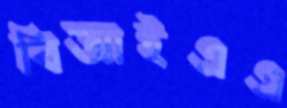
বিআইএএ